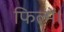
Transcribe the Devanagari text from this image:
फिल्में।